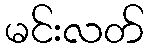
မင်းလတ်